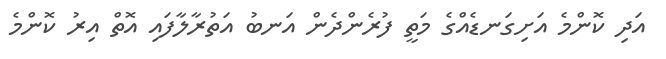
އަދި ކޮންމެ އަށިގަނޑެއްގެ މަތީ ފުރެންދެން އަނބު އަތުރާލާފައި އޮތް އިރު ކޮންމެ